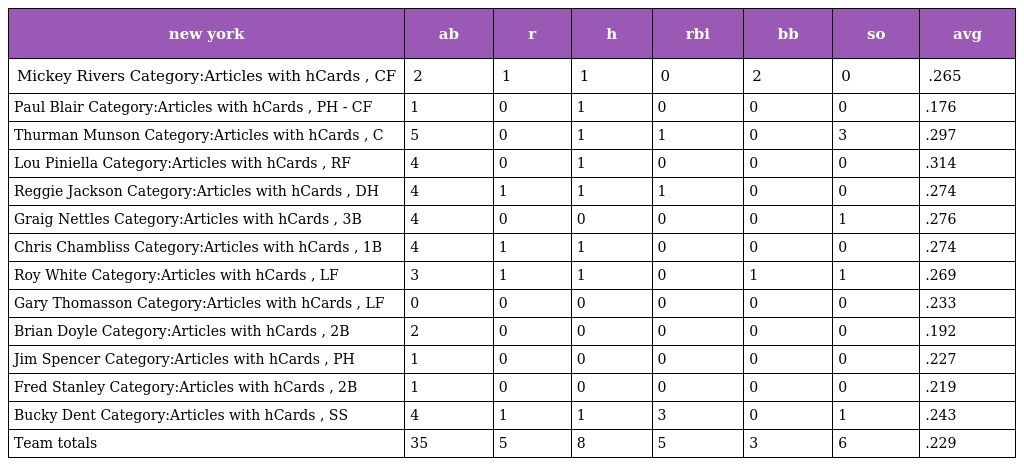
| new york | ab | r | h | rbi | bb | so | avg |
 | --- | --- | --- | --- | --- | --- | --- | --- |
 | Mickey Rivers Category:Articles with hCards , CF | 2 | 1 | 1 | 0 | 2 | 0 | .265 |
 | Paul Blair Category:Articles with hCards , PH - CF | 1 | 0 | 1 | 0 | 0 | 0 | .176 |
 | Thurman Munson Category:Articles with hCards , C | 5 | 0 | 1 | 1 | 0 | 3 | .297 |
 | Lou Piniella Category:Articles with hCards , RF | 4 | 0 | 1 | 0 | 0 | 0 | .314 |
 | Reggie Jackson Category:Articles with hCards , DH | 4 | 1 | 1 | 1 | 0 | 0 | .274 |
 | Graig Nettles Category:Articles with hCards , 3B | 4 | 0 | 0 | 0 | 0 | 1 | .276 |
 | Chris Chambliss Category:Articles with hCards , 1B | 4 | 1 | 1 | 0 | 0 | 0 | .274 |
 | Roy White Category:Articles with hCards , LF | 3 | 1 | 1 | 0 | 1 | 1 | .269 |
 | Gary Thomasson Category:Articles with hCards , LF | 0 | 0 | 0 | 0 | 0 | 0 | .233 |
 | Brian Doyle Category:Articles with hCards , 2B | 2 | 0 | 0 | 0 | 0 | 0 | .192 |
 | Jim Spencer Category:Articles with hCards , PH | 1 | 0 | 0 | 0 | 0 | 0 | .227 |
 | Fred Stanley Category:Articles with hCards , 2B | 1 | 0 | 0 | 0 | 0 | 0 | .219 |
 | Bucky Dent Category:Articles with hCards , SS | 4 | 1 | 1 | 3 | 0 | 1 | .243 |
 | Team totals | 35 | 5 | 8 | 5 | 3 | 6 | .229 |